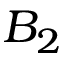
B _ { 2 }